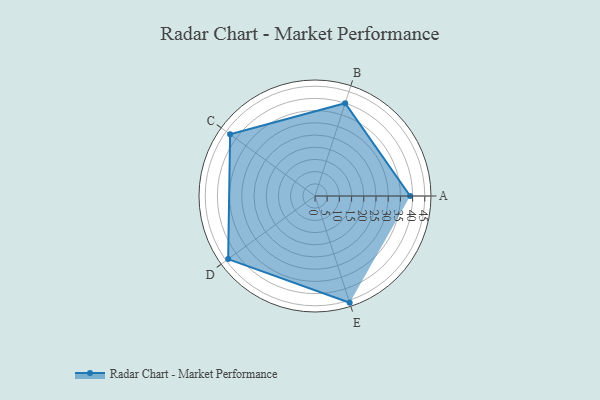
{"axis": {"x": "Skill", "y": "Score"}, "legend": ["Profile"], "data": [{"x": "A", "y": 39.0, "type": "Profile"}, {"x": "B", "y": 40.0, "type": "Profile"}, {"x": "C", "y": 43.0, "type": "Profile"}, {"x": "D", "y": 44.0, "type": "Profile"}, {"x": "E", "y": 46.0, "type": "Profile"}]}